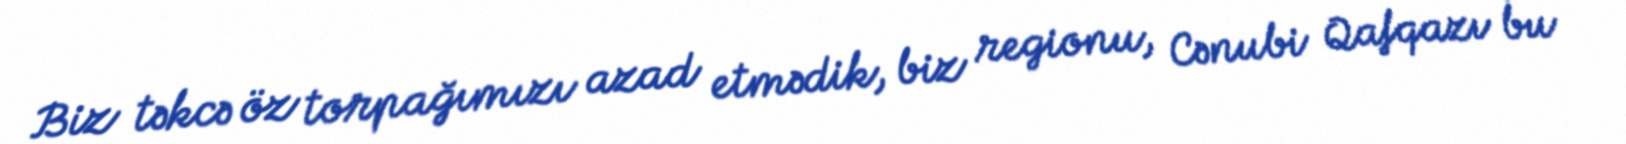
Biz təkcə öz torpağımızı azad etmədik, biz regionu, Cənubi Qafqazı bu